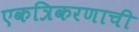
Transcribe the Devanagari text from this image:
एकत्रिकरणाची